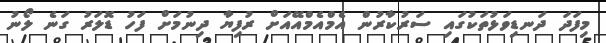
މިފަދަ ދަނޑިވަޅުތަކުގައި ސަރުކާރުން އެމްއެމްއޭއަށް ރުފިޔާ ދިނުމަށް ފަހު ޑޮލަރު ގަނެ ލޯނު